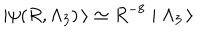
LaTeX: \mid \psi ( R , \Lambda _ { 3 } ) \, \rangle \simeq R ^ { - 8 } \mid \Lambda _ { 3 } \, \rangle